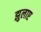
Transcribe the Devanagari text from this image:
झुलाए